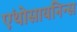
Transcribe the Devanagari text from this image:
एंथोसायनिन्स